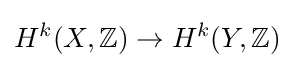
H^{k}(X,\mathbb {Z} )\rightarrow H^{k}(Y,\mathbb {Z} )